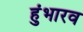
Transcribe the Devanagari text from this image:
हुंभारव